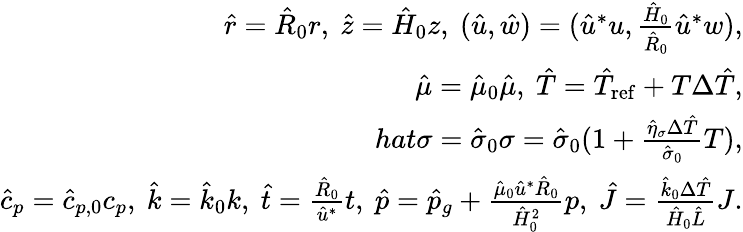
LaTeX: \begin{array}{r}{\hat{r}=\hat{R}_{0}r,\ \hat{z}=\hat{H}_{0}z,\ (\hat{u},\hat{w})=(\hat{u}^{*}u,\frac{\hat{H}_{0}}{\hat{R}_{0}}\hat{u}^{*}w),}\\ {\hat{\mu}=\hat{\mu}_{0}\hat{\mu},\ \hat{T}=\hat{T}_{\mathrm{ref}}+T\Delta\hat{T},}\\ {hat{\sigma}=\hat{\sigma}_{0}\sigma=\hat{\sigma}_{0}(1+\frac{\hat{\eta}_{\sigma}\Delta\hat{T}}{\hat{\sigma}_{0}}T),}\\ {\hat{c}_{p}=\hat{c}_{p,0}c_{p},\ \hat{k}=\hat{k}_{0}k,\ \hat{t}=\frac{\hat{R}_{0}}{\hat{u}^{*}}t,\ \hat{p}=\hat{p}_{g}+\frac{\hat{\mu}_{0}\hat{u}^{*}\hat{R}_{0}}{\hat{H}_{0}^{2}}p,\ \hat{J}=\frac{\hat{k}_{0}\Delta\hat{T}}{\hat{H}_{0}\hat{L}}J.}\end{array}